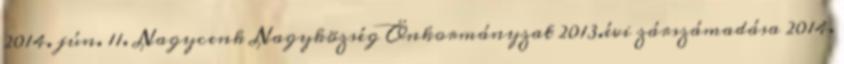
2014. jún. 11. Nagycenk Nagyközség Önkormányzat 2013.évi zárszámadása 2014.